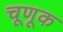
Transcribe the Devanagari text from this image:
चूणूक